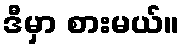
ဒီမှာ စားမယ်။